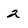
Character: 2